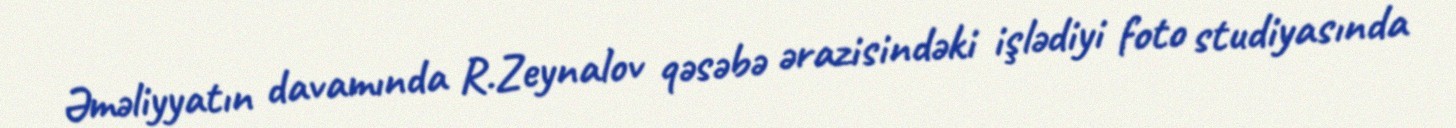
Əməliyyatın davamında R.Zeynalov qəsəbə ərazisindəki işlədiyi foto studiyasında